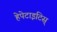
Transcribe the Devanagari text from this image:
हेपेटाइटिस्